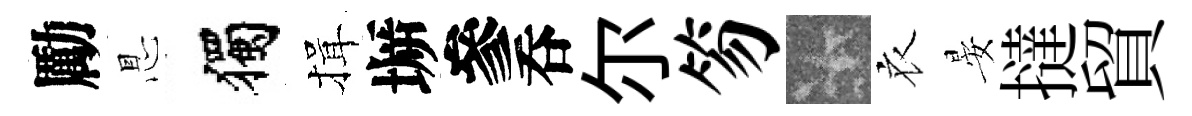
勵㤙獨揖󶱲參呑尓笏卡衣晏撻貿